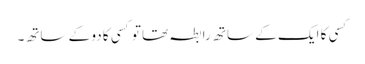
کسی کا ایک کے ساتھ رابطہ تھا تو کسی کا دو کے ساتھ۔